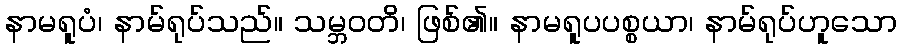
နာမရူပံ၊ နာမ်ရုပ်သည်။ သမ္ဘဝတိ၊ ဖြစ်၏။ နာမရူပပစ္စယာ၊ နာမ်ရုပ်ဟူသော